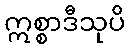
ဣစ္စာဒီသုပိ